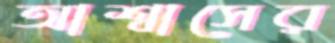
আশ্বাসের